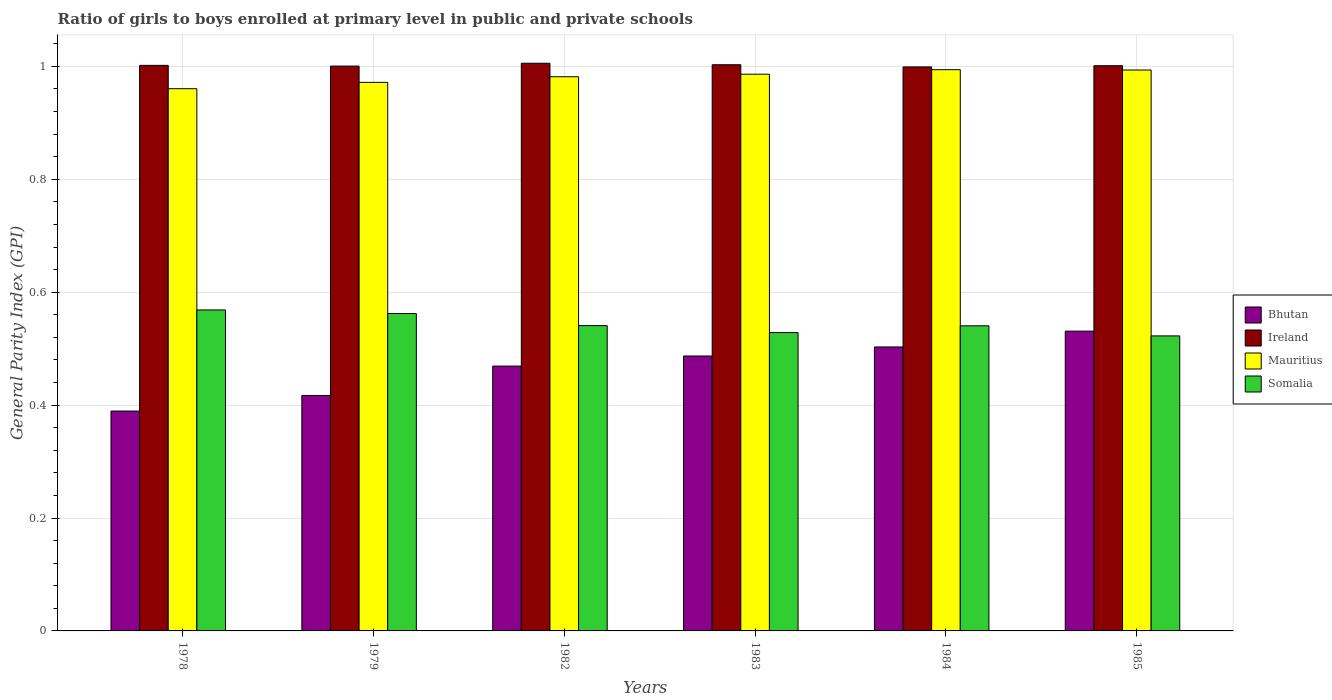
| Years | Bhutan | Ireland | Mauritius | Somalia |
 | --- | --- | --- | --- | --- |
 | 1978 | 0.389 | 1 | 0.96 | 0.568 |
 | 1979 | 0.417 | 1 | 0.972 | 0.562 |
 | 1982 | 0.469 | 1.01 | 0.982 | 0.541 |
 | 1983 | 0.487 | 1 | 0.986 | 0.528 |
 | 1984 | 0.503 | 0.999 | 0.994 | 0.54 |
 | 1985 | 0.531 | 1 | 0.993 | 0.523 |